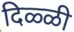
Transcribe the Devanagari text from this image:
दिळ्ळी